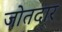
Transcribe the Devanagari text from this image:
जोतदार